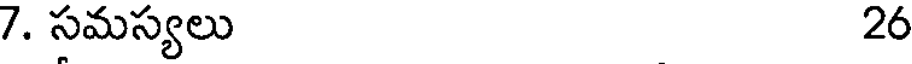
7. సమస్యలు 26